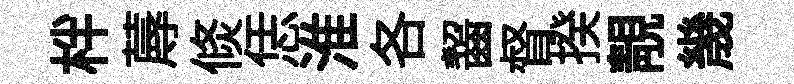
柈蓐倐恁淮各齧督揆靚㡬